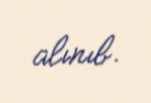
alınıb.